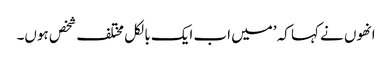
انھوں نے کہا کہ ’میں اب ایک بالکل مختلف شخص ہوں۔